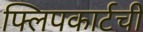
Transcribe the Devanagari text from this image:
फ्लिपकार्टची